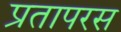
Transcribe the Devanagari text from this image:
प्रतापरस